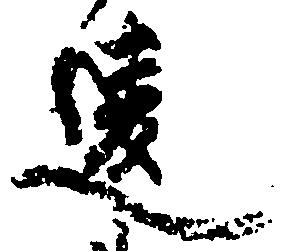
違